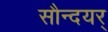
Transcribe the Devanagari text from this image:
सौन्दयर्